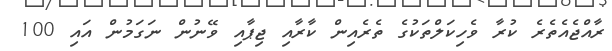
ރާއްޖެއެތެރެ ކުރާ ވެހިކަލްތަކުގެ ތެރެއިން ކާރާއި ޖިޕާއި ވޭނުން ނަގަމުން އައި 100